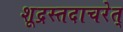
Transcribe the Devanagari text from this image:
शूद्रस्तदाचरेत्